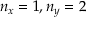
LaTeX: n _ { x } = 1 , n _ { y } = 2